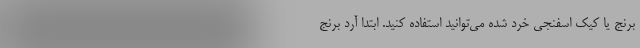
برنج یا کیک اسفنجی خرد شده می‌توانید استفاده کنید. ابتدا آرد برنج